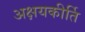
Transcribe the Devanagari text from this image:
अक्षयकीर्ति